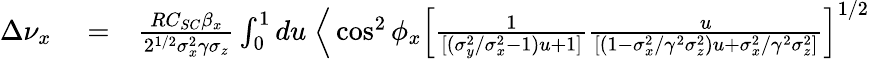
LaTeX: \begin{array}{rlr}{\Delta\nu_{x}}&{{}=}&{\frac{RC_{SC}\beta_{x}}{2^{1/2}\sigma_{x}^{2}\gamma\sigma_{z}}\int_{0}^{1}du\; \Big\langle\cos^{2}\phi_{x}\left[\frac{1}{[(\sigma_{y}^{2}/\sigma_{x}^{2}-1)u+1]}\frac{u}{[(1-\sigma_{x}^{2}/\gamma^{2}\sigma_{z}^{2})u+\sigma_{x}^{2}/\gamma^{2}\sigma_{z}^{2}]}\right]^{1/2}}\end{array}